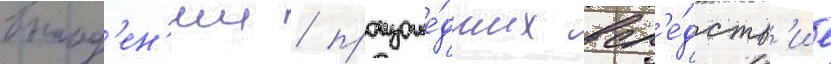
выпад'ен'ии / произоше́дших всл'е́дств'ие